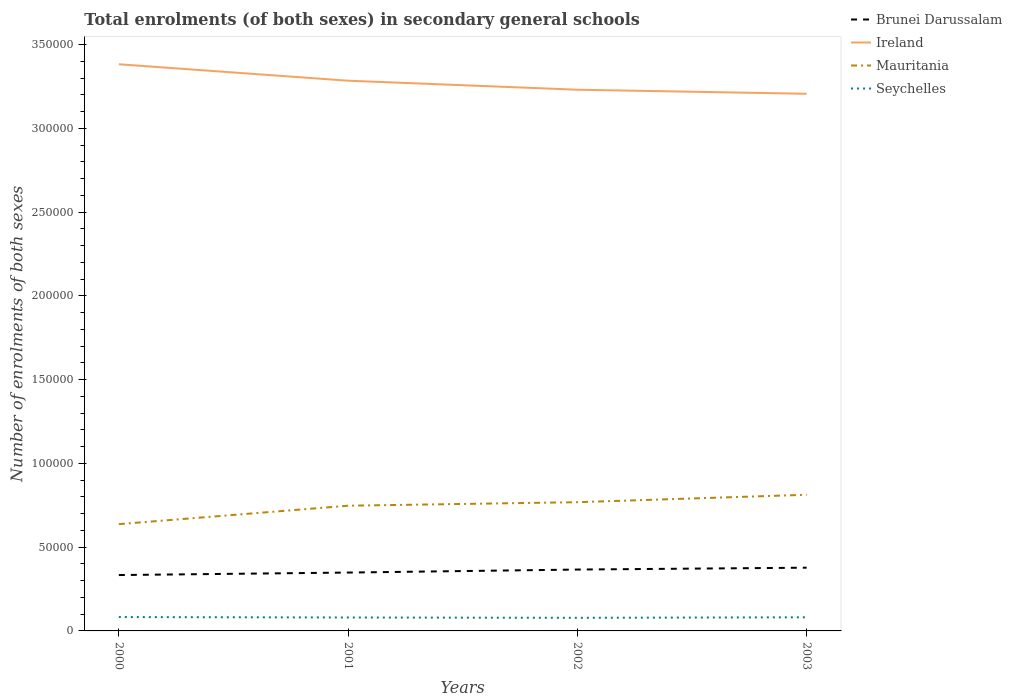
| Years | Brunei Darussalam | Ireland | Mauritania | Seychelles |
 | --- | --- | --- | --- | --- |
 | 2000 | 3.33e+04 | 3.38e+05 | 6.37e+04 | 8.28e+03 |
 | 2001 | 3.48e+04 | 3.28e+05 | 7.47e+04 | 8.02e+03 |
 | 2002 | 3.66e+04 | 3.23e+05 | 7.68e+04 | 7.83e+03 |
 | 2003 | 3.77e+04 | 3.21e+05 | 8.13e+04 | 8.14e+03 |